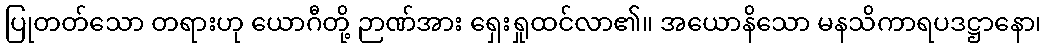
ပြုတတ်သော တရားဟု ယောဂီတို့ ဉာဏ်အား ရှေးရှုထင်လာ၏။ အယောနိသော မနသိကာရပဒဋ္ဌာနော၊